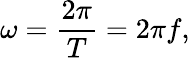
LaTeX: \omega={\frac{2\pi}{T}}={2\pi f},